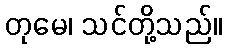
တုမေ၊ သင်တို့သည်။